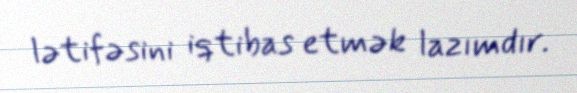
lətifəsini iqtibas etmək lazımdır.